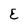
Character: E